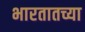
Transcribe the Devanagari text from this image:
भारतातच्या